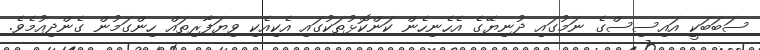
ސަބަބަކީ އައިސިސްގެ ނަމުގައި ދުނިޔޭގެ އެހެނިހެން ކަންކޮޅުތަކުގައި އެކިއެކި ވިޔަފާރިތައް ހިންގަމުން ގެންދިއުމެވެ.